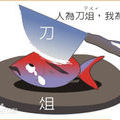
人方为刀俎，我为鱼肉